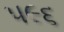
૫૯૬